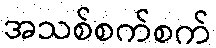
အသစ်စက်စက်